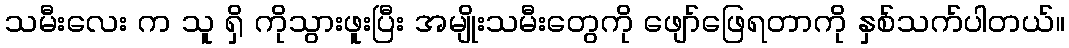
သမီးလေး က သူ ရှိ ကိုသွားဖူးပြီး အမျိုးသမီးတွေကို ဖျော်ဖြေရတာကို နှစ်သက်ပါတယ်။